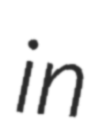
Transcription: in